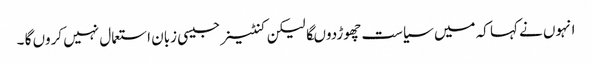
انہوں نے کہا کہ میں سیاست چھوڑدوںگا لیکن کنٹینر جیسی زبان استعمال نہیں کروں گا ۔